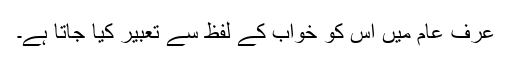
عرف عام میں اس کو خواب کے لفظ سے تعبیر کیا جاتا ہے۔